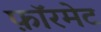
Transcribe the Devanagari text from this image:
फ़ॉरमेट